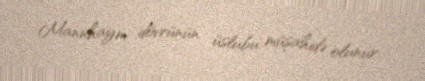
Mannhaym dövrünün üslubu müşahidə olunur.